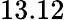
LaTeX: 13.12